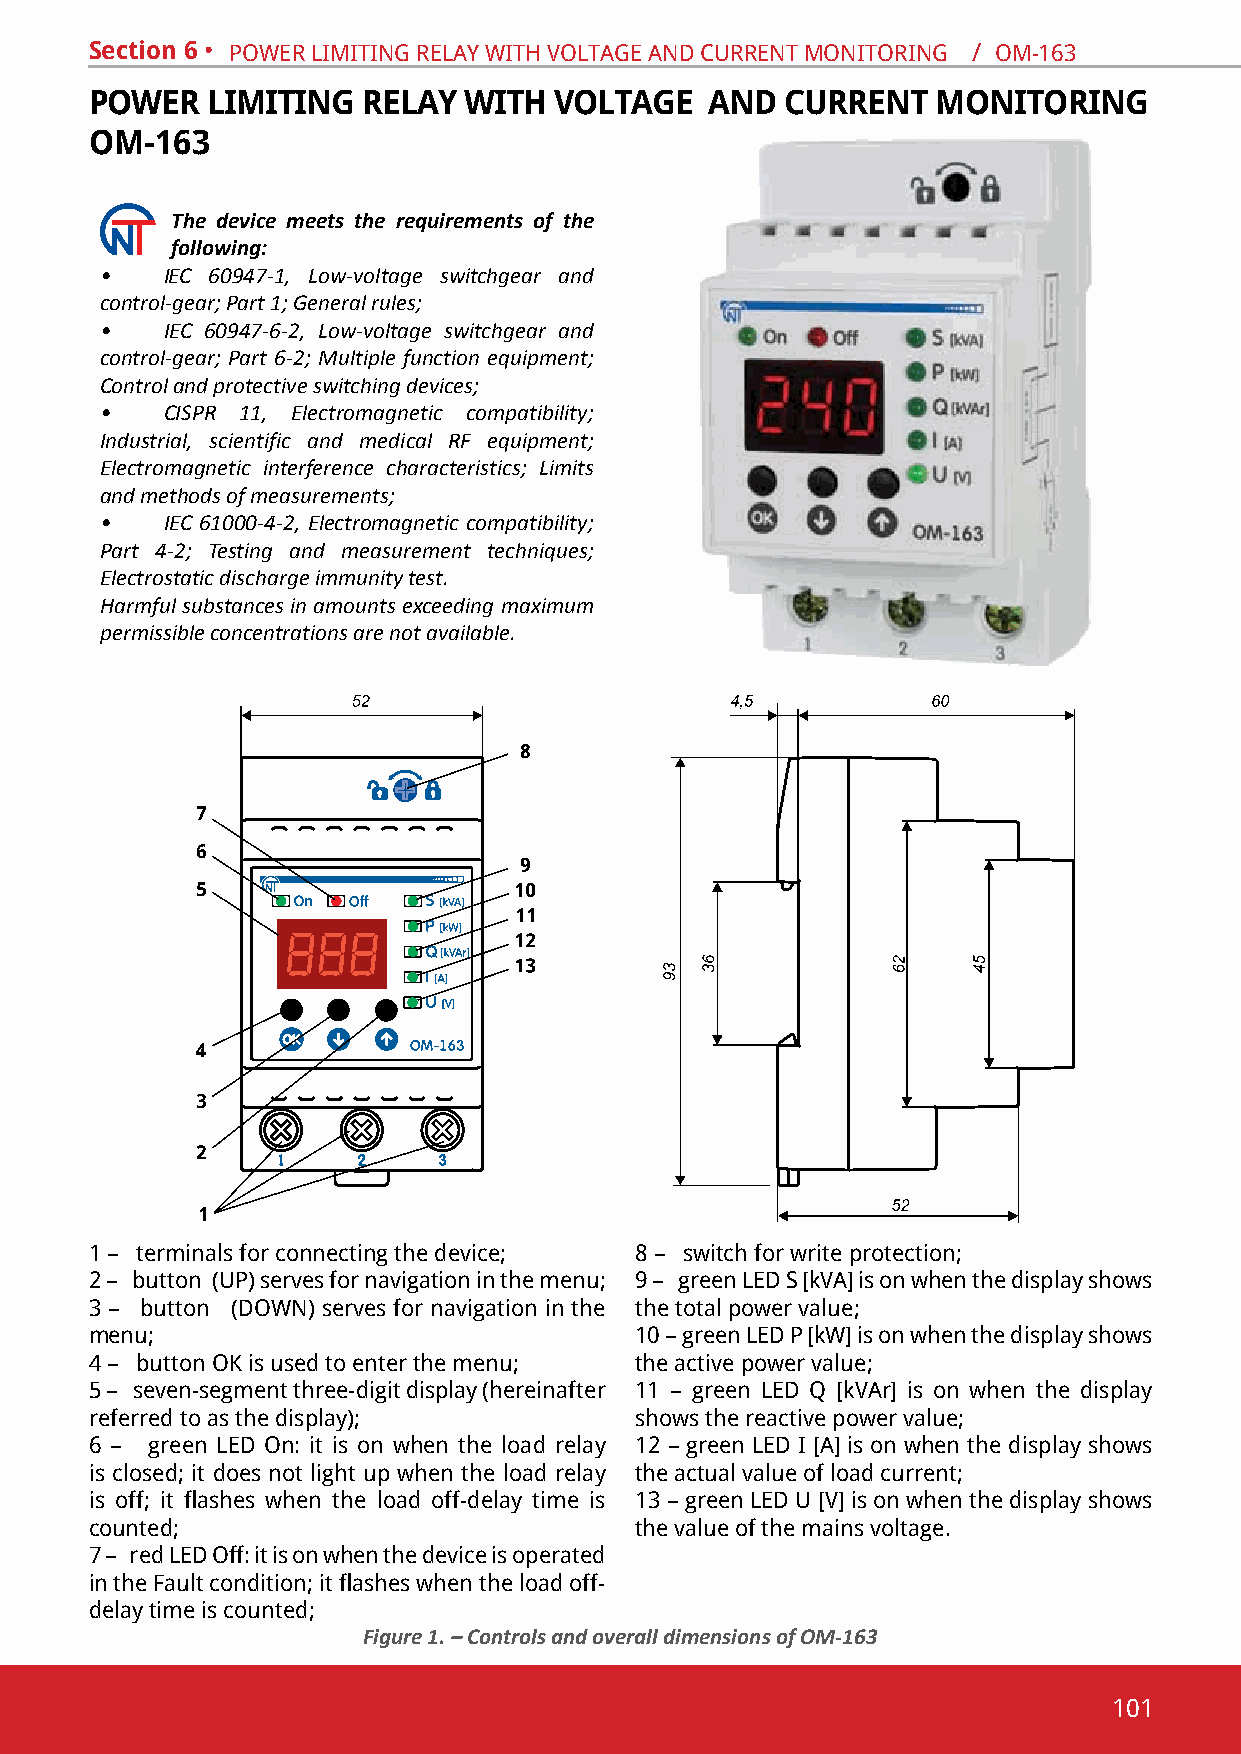
Section 6 • poWeR limitinG RelaY With voltaGe and cuRRent monitoRinG / om-163
 POWER   LIMITING  RELAY  WITH  VOLTAGE   AND  CURRENT   MONITORING
 ОМ-163
 The device meets the requirements of the
 following:
 •   IEC 60947-1, Low-voltage switchgear and
 control-gear; Part 1; General rules;
 •   IEC 60947-6-2, Low-voltage switchgear and
 control-gear; Part 6-2; Multiple function equipment;
 Control and protective switching devices;
 •   CISPR 11, Electromagnetic compatibility;
 Industrial, scientific and medical RF equipment;
 Electromagnetic interference characteristics; Limits
 and methods of measurements;
 •   IEC 61000-4-2, Electromagnetic compatibility;
 Part 4-2; Testing and measurement techniques;
 Electrostatic discharge immunity test.
 Harmful substances in amounts exceeding maximum
 permissible concentrations are not available.
 1 – terminals for connecting the device; 8 – switch for write protection;
 2 – button (up) serves for navigation in the menu; 9 – green led s [kva] is on when the display shows
 3 – button (doWn) serves for navigation in the the total power value;
 menu;                               10 – green led p [kW] is on when the display shows
 4 – button ОК is used to enter the menu; the active power value;
 5 – seven-segment three-digit display (hereinafter 11 – green led Q [kvar] is on when the display
 referred to as the display);        shows the reactive power value;
 6 – green led on: it is on when the load relay 12 – green led i [a] is on when the display shows
 is closed; it does not light up when the load relay the actual value of load current;
 is off; it flashes when the load off-delay time is 13 – green led u [v] is on when the display shows
 counted;                            the value of the mains voltage.
 7 – red led off: it is on when the device is operated
 in the Fault condition; it flashes when the load off-
 delay time is counted;
 Figure 1. – Controls and overall dimensions of ОМ-163
 101